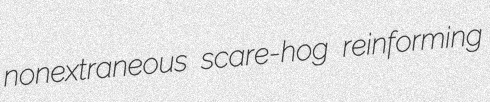
nonextraneous scare-hog reinforming